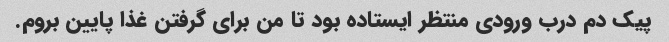
پیک دم درب ورودی منتظر ایستاده بود تا من برای گرفتن غذا پایین بروم.